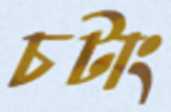
চটাং